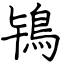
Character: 鴇